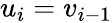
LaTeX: u_{i}=v_{i-1}